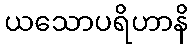
ယသောပရိဟာနိ